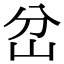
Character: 岔